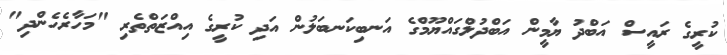
ކުރީގެ ރައީސް އަބްދު ޔާމީން އަބްދުލްގައްޔޫމްގެ އަނބިކަނބަލުން އަދި ކުރީގެ އިއްޒަތްތެރި "މަހާރެހެންދި"